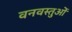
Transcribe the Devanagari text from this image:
वनवस्तुओं